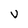
Character: V